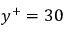
y ^ { + } = 3 0